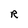
Character: R